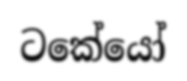
ටකේයෝ